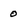
Character: 0